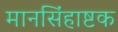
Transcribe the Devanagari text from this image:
मानसिंहाष्टक